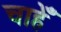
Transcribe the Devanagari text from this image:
चाहेँ